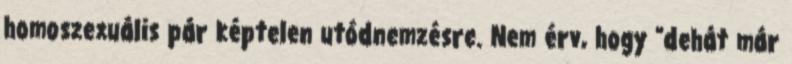
homoszexuális pár képtelen utódnemzésre. Nem érv, hogy "dehát már